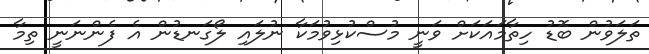
ތަލަވުން ބޮޑު ހިތާމައަކަށް ވަނީ މުސްކުޅިވުމަކާ ނުލައި ލޯގަނޑުން އެ ފެންނަނީ ތިމާ